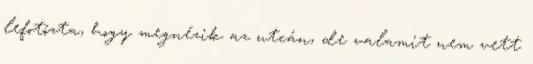
lefotózta, hogy megnézik az utcán, de valamit nem vett